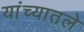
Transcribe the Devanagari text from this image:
यांच्यातले